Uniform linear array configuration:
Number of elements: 4
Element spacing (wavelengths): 0.25
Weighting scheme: uniform
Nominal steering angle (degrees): -30
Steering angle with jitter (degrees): -28.675
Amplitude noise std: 0.05
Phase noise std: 0.05

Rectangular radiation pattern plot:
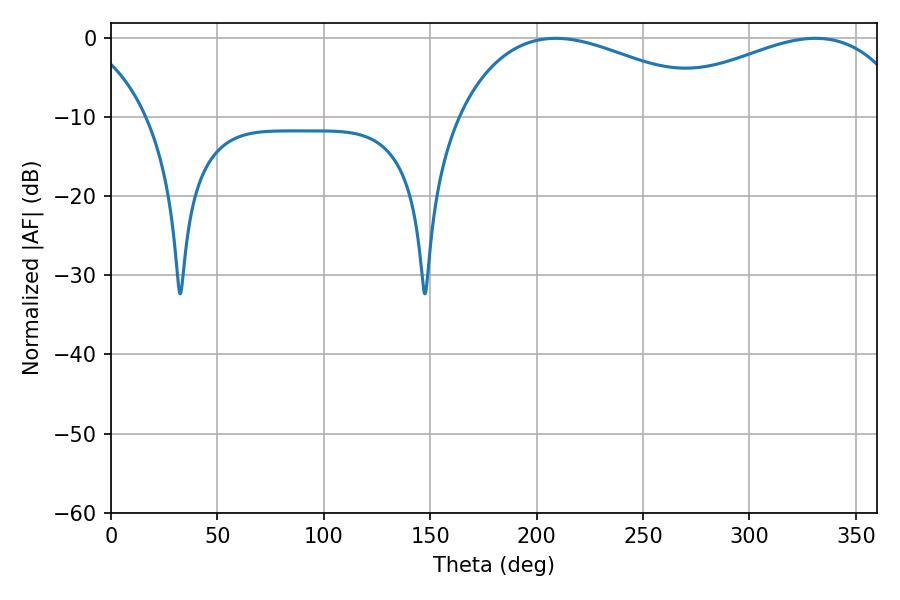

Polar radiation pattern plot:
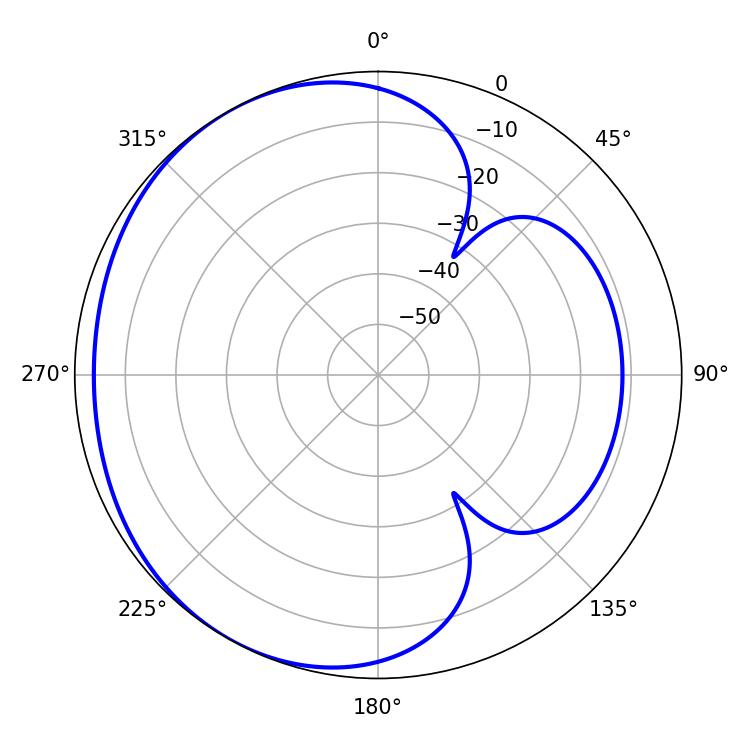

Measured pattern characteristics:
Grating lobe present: FALSE
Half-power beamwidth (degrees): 70.38
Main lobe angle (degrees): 208.98